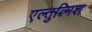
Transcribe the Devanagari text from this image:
एल्तुत्मिश